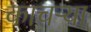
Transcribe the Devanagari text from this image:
काचऱ्या